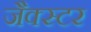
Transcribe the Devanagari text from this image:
जैक्स्टर